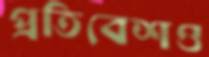
প্রতিবেশও